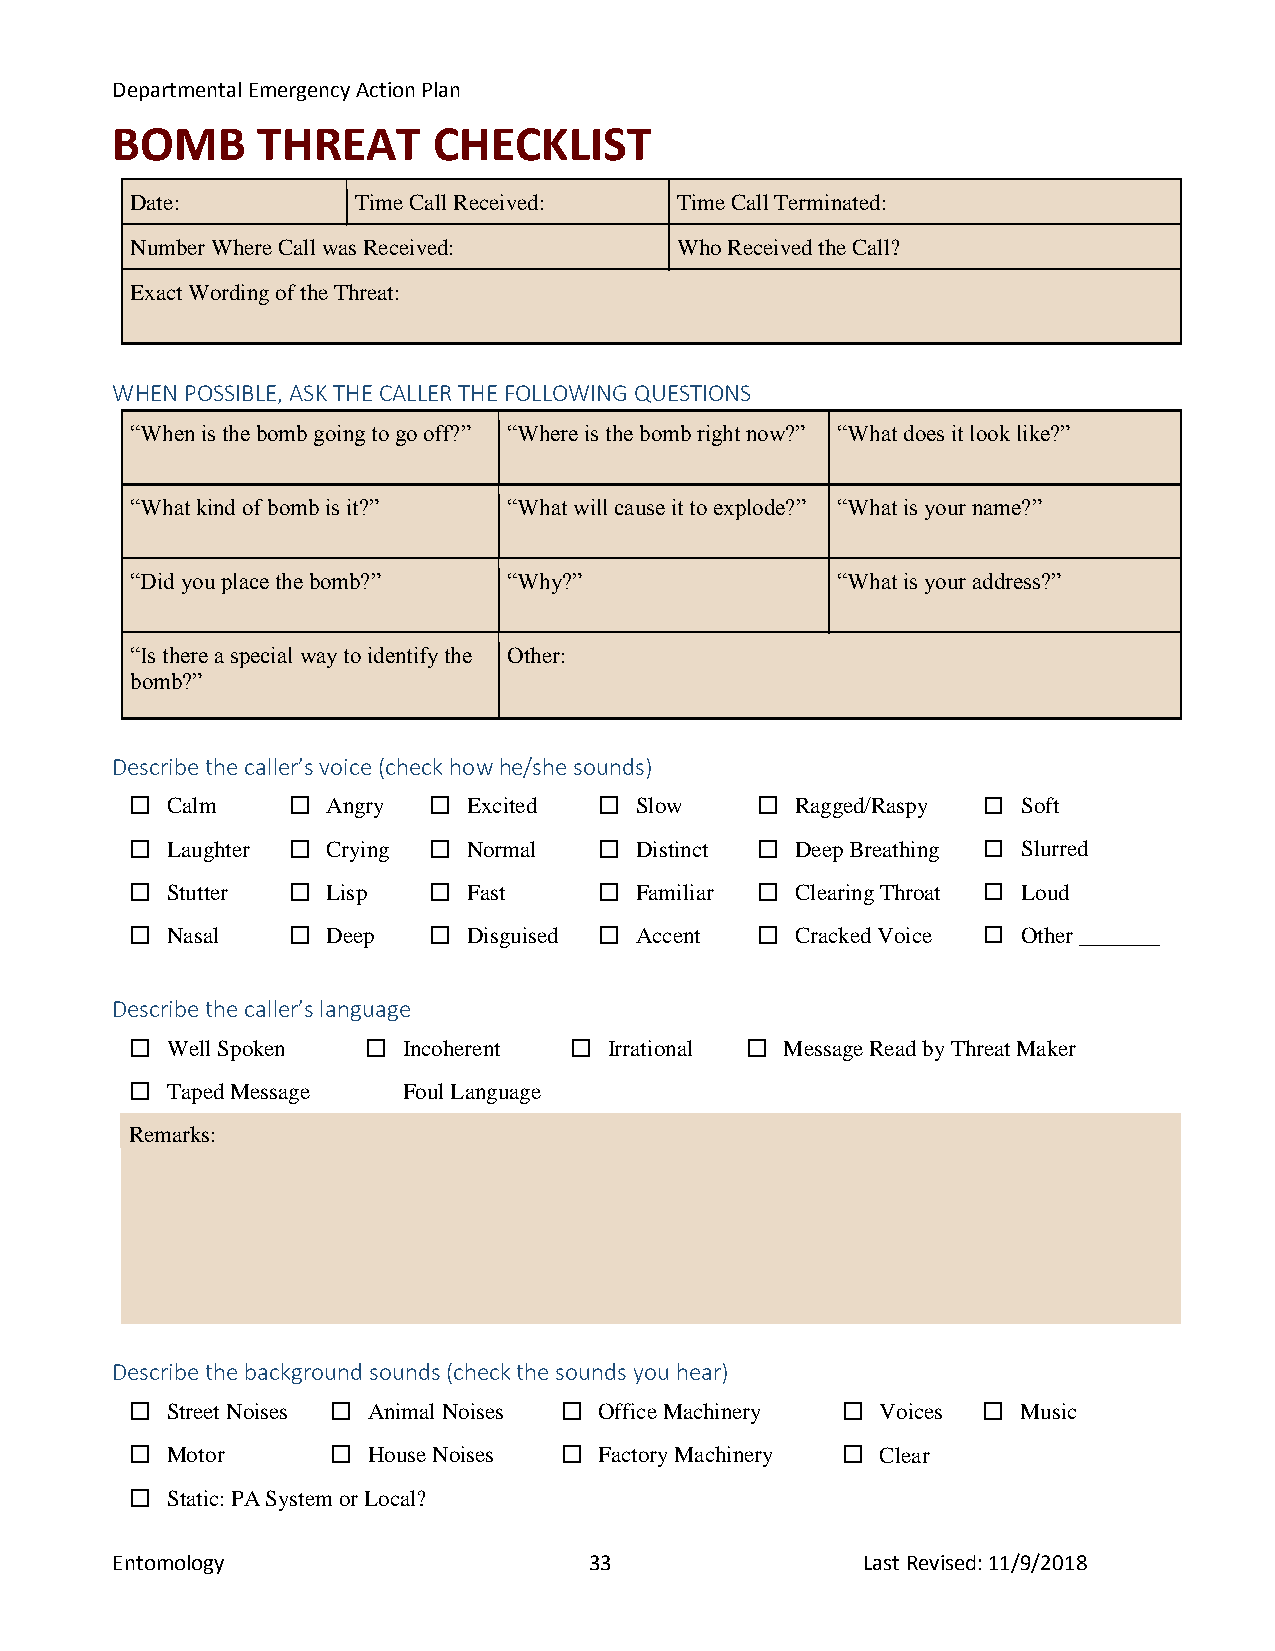
Departmental Emergency Action Plan
 BOMB      THREAT      CHECKLIST
 Date:          Time Call Received:  Time Call Terminated:
 Number Where Call was Received:     Who Received the Call?
 Exact Wording of the Threat:
 WHEN POSSIBLE, ASK THE CALLER THE FOLLOWING QUESTIONS
 “When is the bomb going to go off?” “Where is the bomb right now?” “What does it look like?”
 “What kind of bomb is it?” “What will cause it to explode?” “What is your name?”
 “Did you place the bomb?” “Why?”              “What is your address?”
 “Is there a special way to identify the Other:
 bomb?”
 Describe the caller’s voice (check how he/she sounds)
  Calm      Angry   Excited   Slow      Ragged/Raspy  Soft
  Laughter  Crying  Normal    Distinct  Deep Breathing  Slurred
  Stutter   Lisp    Fast      Familiar  Clearing Throat  Loud
  Nasal     Deep    Disguised  Accent   Cracked Voice  Other _______
 Describe the caller’s language
  Well Spoken    Incoherent  Irrational  Message Read by Threat Maker
  Taped Message   Foul Language
 Remarks:
 Describe the background sounds (check the sounds you hear)
  Street Noises  Animal Noises  Office Machinery  Voices  Music
  Motor       House Noises   Factory Machinery  Clear
  Static: PA System or Local?
 Entomology                      33                Last Revised: 11/9/2018